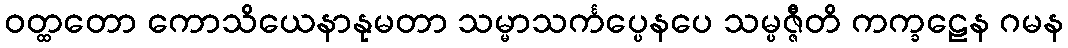
ဝတ္ထတော ကောသိယေနာနုမတာ သမ္မာသင်္ကပ္ပေနပေ သမ္ပဇ္ဇီတိ ကက္ခဠေန ဂမန